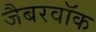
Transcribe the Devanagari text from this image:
जैबरवॉक